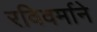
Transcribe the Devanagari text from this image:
रविवर्माने